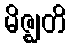
မိဇ္ဈတိ